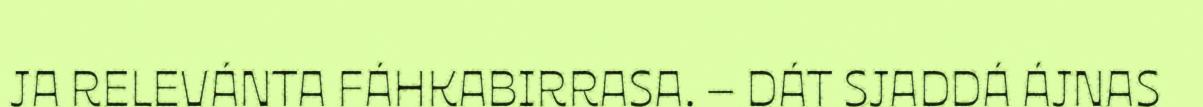
JA RELEVÁNTA FÁHKABIRRASA. – DÁT SJADDÁ ÁJNAS